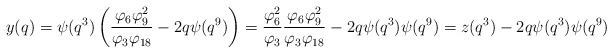
LaTeX: \begin{align*} y(q) = \psi(q^3)\left(\frac{\varphi_6\varphi_9^2}{\varphi_3\varphi_{18}}-2q\psi(q^9)\right) = \frac{\varphi_6^2}{\varphi_3}\frac{\varphi_6\varphi_9^2}{\varphi_3\varphi_{18}}-2q\psi(q^3)\psi(q^9) = z(q^3)-2q\psi(q^3)\psi(q^9)\end{align*}